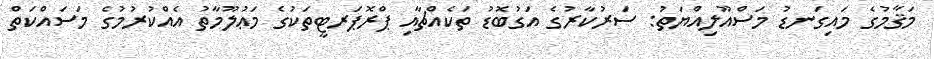
މަޤާމުގެ މައިގަނޑު މަސްއޫލިއްޔަތު: ސަރުކާރުގެ އަގުބޮޑު ތަކެއްޗާއި ޕްރޮޕަރޓީތަކުގެ މަޢުލޫމާތު އެއްކުރުމުގެ މަސައްކަތް